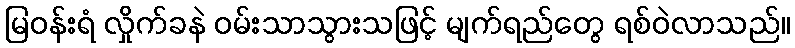
မြဝန်းရံ လှိုက်ခနဲ ဝမ်းသာသွားသဖြင့် မျက်ရည်တွေ ရစ်ဝဲလာသည်။